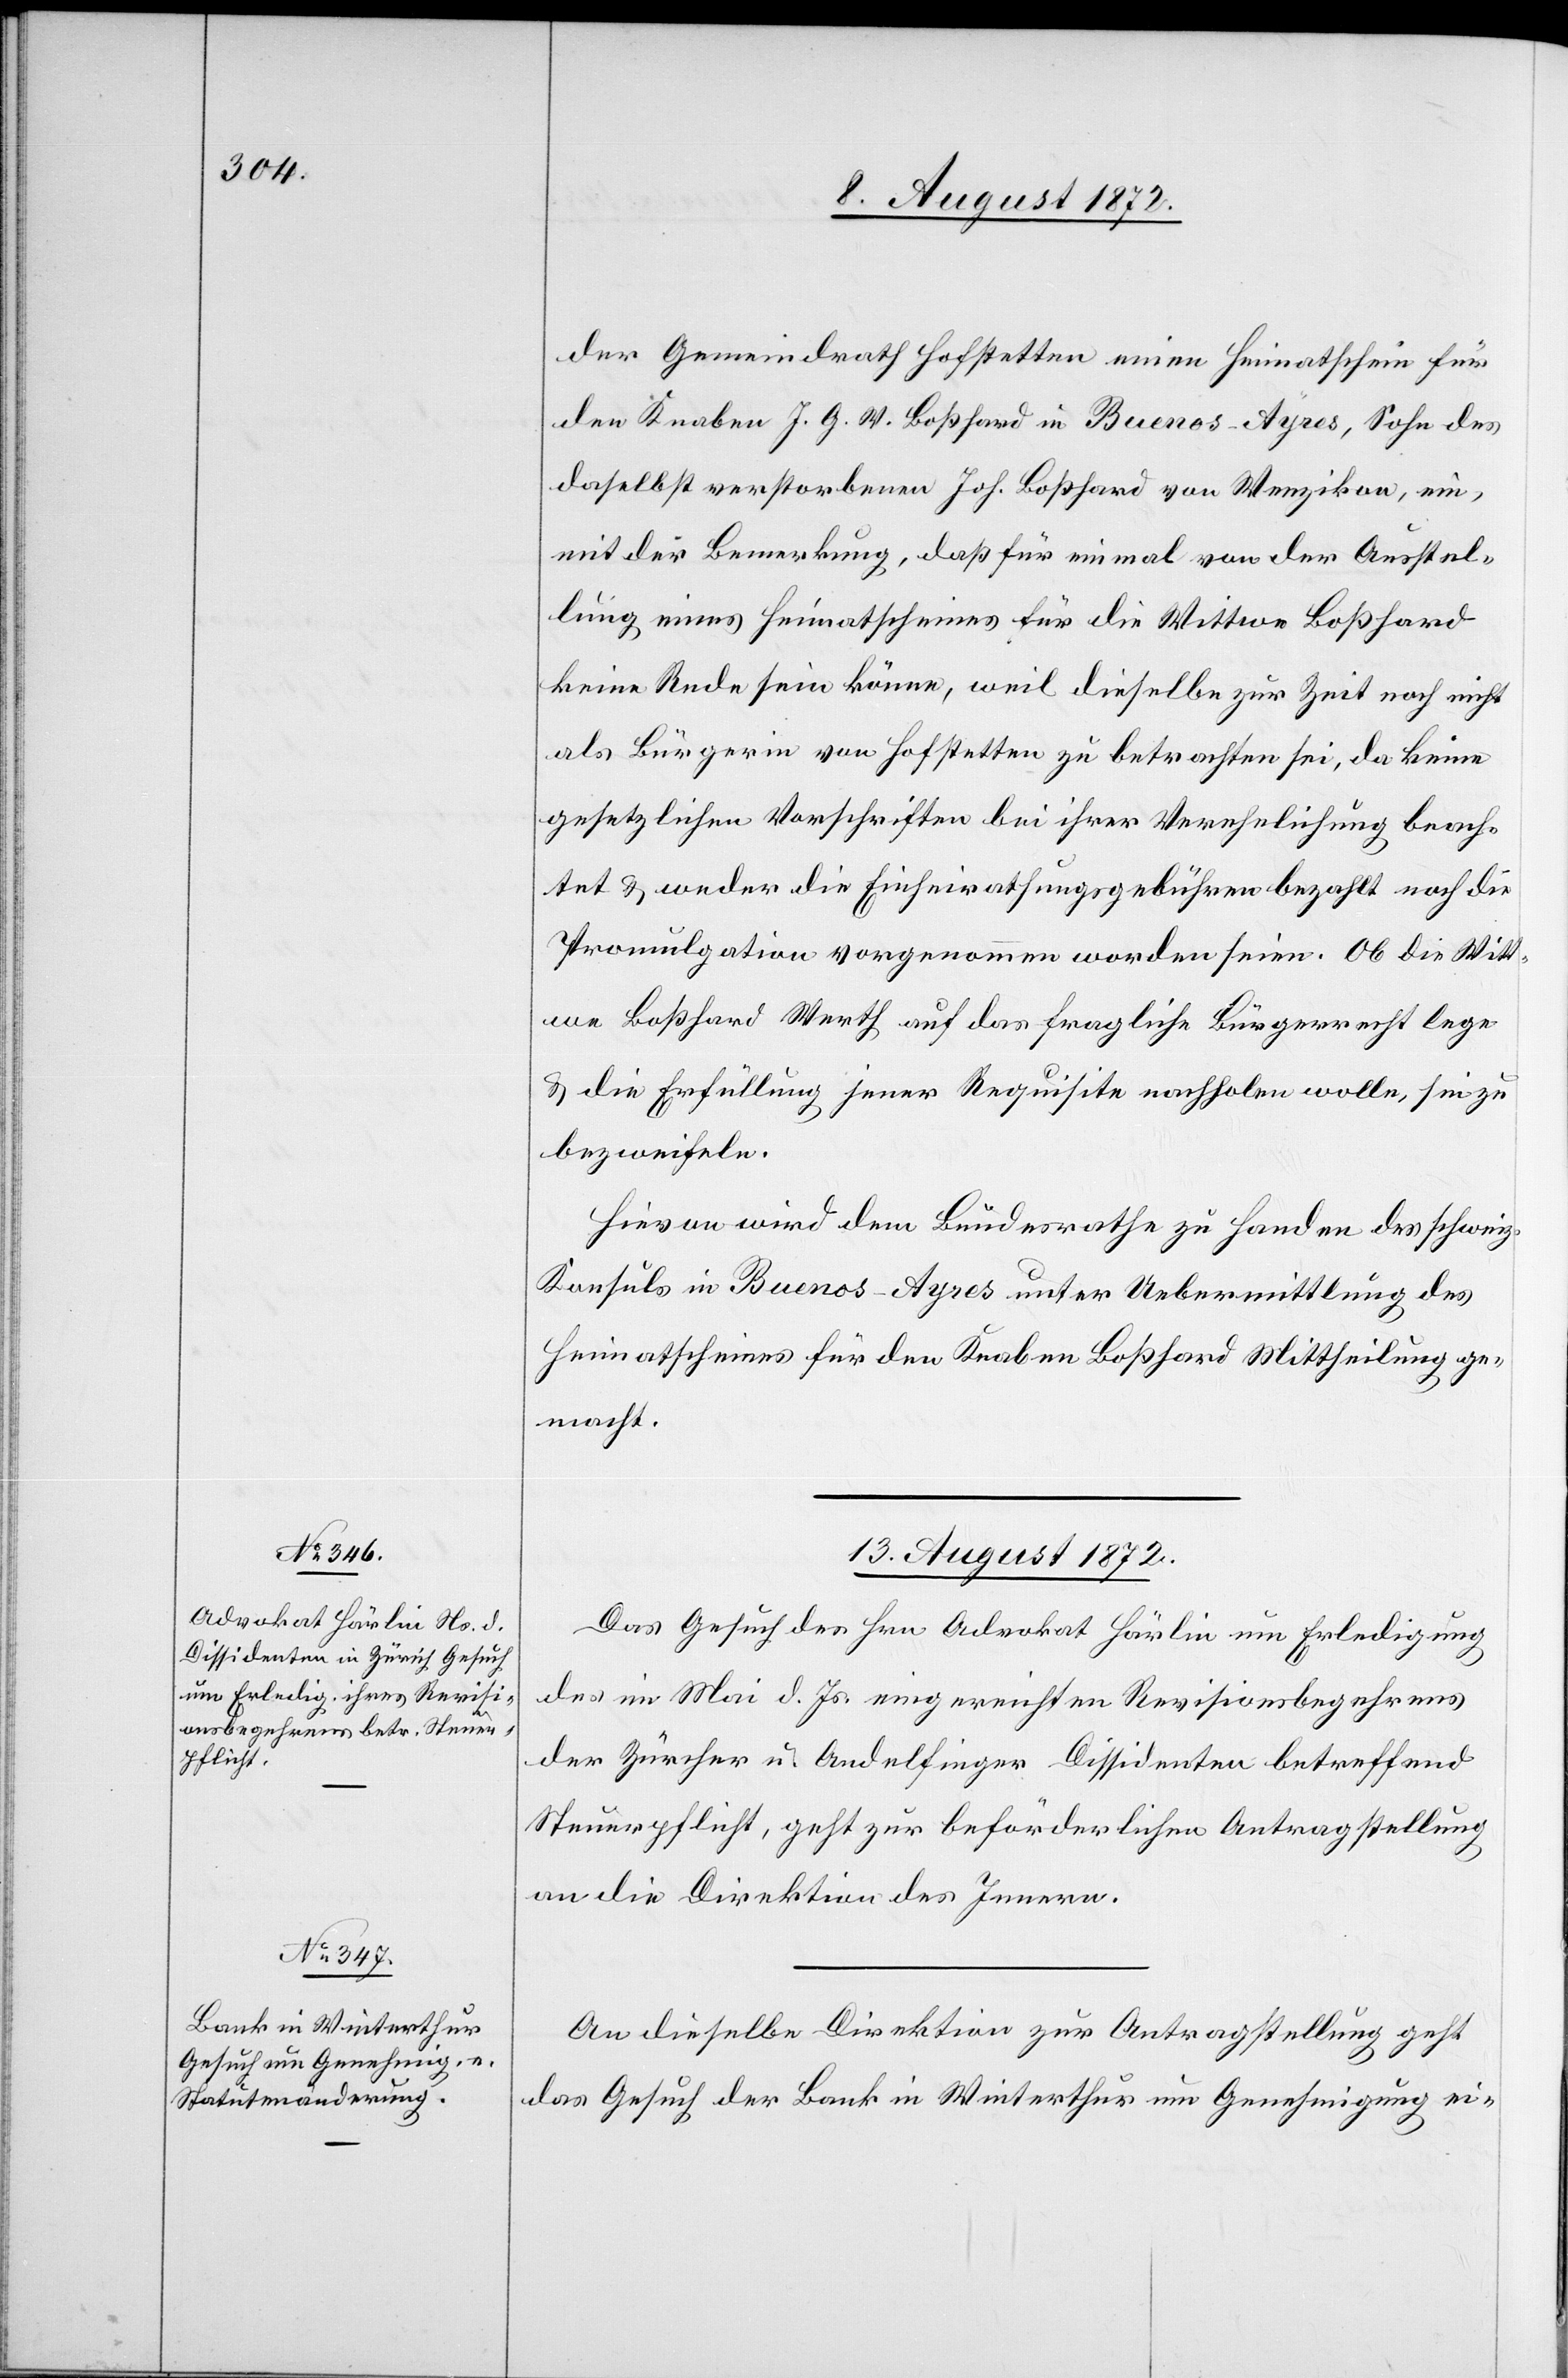
13. August 1872.]
der Gemeindrath Hofstetten einen Heimatschein für
den Knaben J. G. W. Boßhard in Buenos-Ayres, Sohn des
daselbst verstorbenen Joh. Boßhard von Wenzikon, ein,
mit der Bemerkung, daß für einmal von der Ausstel¬
lung eines Heimatscheines für die Wittwe Boßhard
keine Rede sein könne, weil dieselbe zur Zeit noch nicht
als Bürgerin von Hofstetten zu betrachten sei, da keine
gesetzlichen Vorschriften bei ihrer Verehelichung beach¬
tet u. weder die Einheirathungsgebühren bezahlt noch die
Promulgation vorgenommen worden seien. Ob die Witt¬
we Boßhard Werth auf das fragliche Bürgerrecht lege
u. die Erfüllung jener Requisite nachholen wolle, sei zu
bezweifeln.
Hievon wird dem Bundesrathe zu Handen des schweiz.
Konsuls in Buenos-Ayres unter Uebermittlung des
Heimatscheines für den Knaben Boßhard Mittheilung ge¬
macht.
13. August 1872.
Das Gesuch des Hrn. Advokat Härlin um Erledigung
des im Mai d. Js. eingereichten Revisionsbegehrens
der Zürcher u. Andelfinger Dissidenten betreffend
Steuerpflicht, geht zur beförderlichen Antragstellung
an die Direktion des Innern.
An dieselbe Direktion zur Antragstellung geht
das Gesuch der Bank in Winterthur um Genehmigung ei-